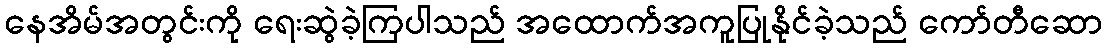
နေအိမ်အတွင်းကို ရေးဆွဲခဲ့ကြပါသည် အထောက်အကူပြုနိုင်ခဲ့သည် ကော်တီဆော